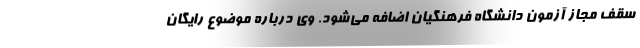
سقف مجاز آزمون دانشگاه فرهنگیان اضافه می‌شود. وی درباره موضوع رایگان